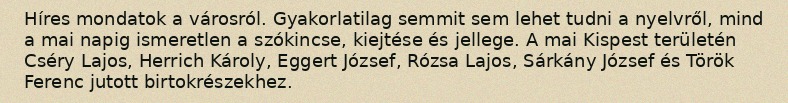
Híres mondatok a városról. Gyakorlatilag semmit sem lehet tudni a nyelvről, mind a mai napig ismeretlen a szókincse, kiejtése és jellege. A mai Kispest területén Cséry Lajos, Herrich Károly, Eggert József, Rózsa Lajos, Sárkány József és Török Ferenc jutott birtokrészekhez.